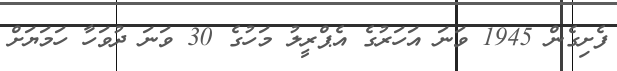
ފެށިގެން 1945 ވަނަ އަހަރުގެ އެޕްރީލު މަހުގެ 30 ވަނަ ދުވަހާ ހަމަޔަށް